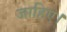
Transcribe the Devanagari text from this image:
जाहिए।